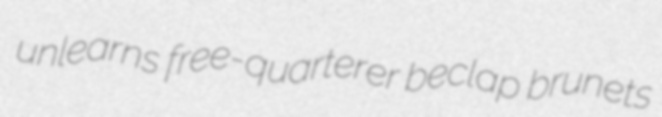
unlearns free-quarterer beclap brunets